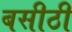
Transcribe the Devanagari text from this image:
बसीठी